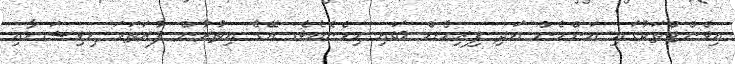
އިވެންޓްތަކުގައި އަންހެން އަދި ފިރިހެން ބައި ހިމެނެއެވެ. އޭގެ އިތުރުން ފުރަތަމަ ޑިވިޝަނާއި